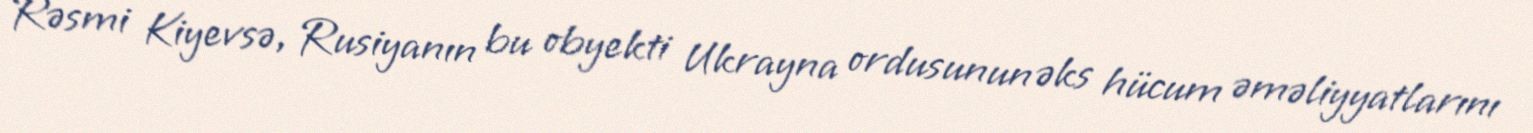
Rəsmi Kiyevsə, Rusiyanın bu obyekti Ukrayna ordusunun əks hücum əməliyyatlarını